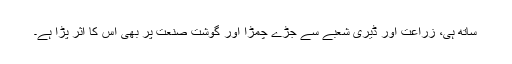
ساتھ ہی، زراعت اور ڈیری شعبے سے جڑے چمڑا اور گوشت صنعت پر بھی اس کا اثر پڑا ہے۔